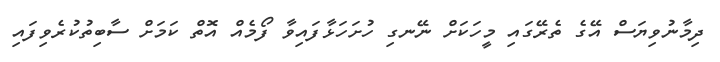
ދިމާނުވިޔަސް އޭގެ ތެރޭގައި މީހަކަށް ނޭނގި ހުށަހަޅާފައިވާ ފޯމެއް އޮތް ކަމަށް ސާބިތުކުރެވިފައި